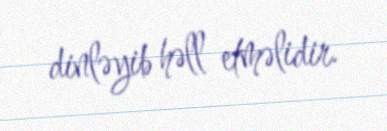
dinləyib həll etməlidir.